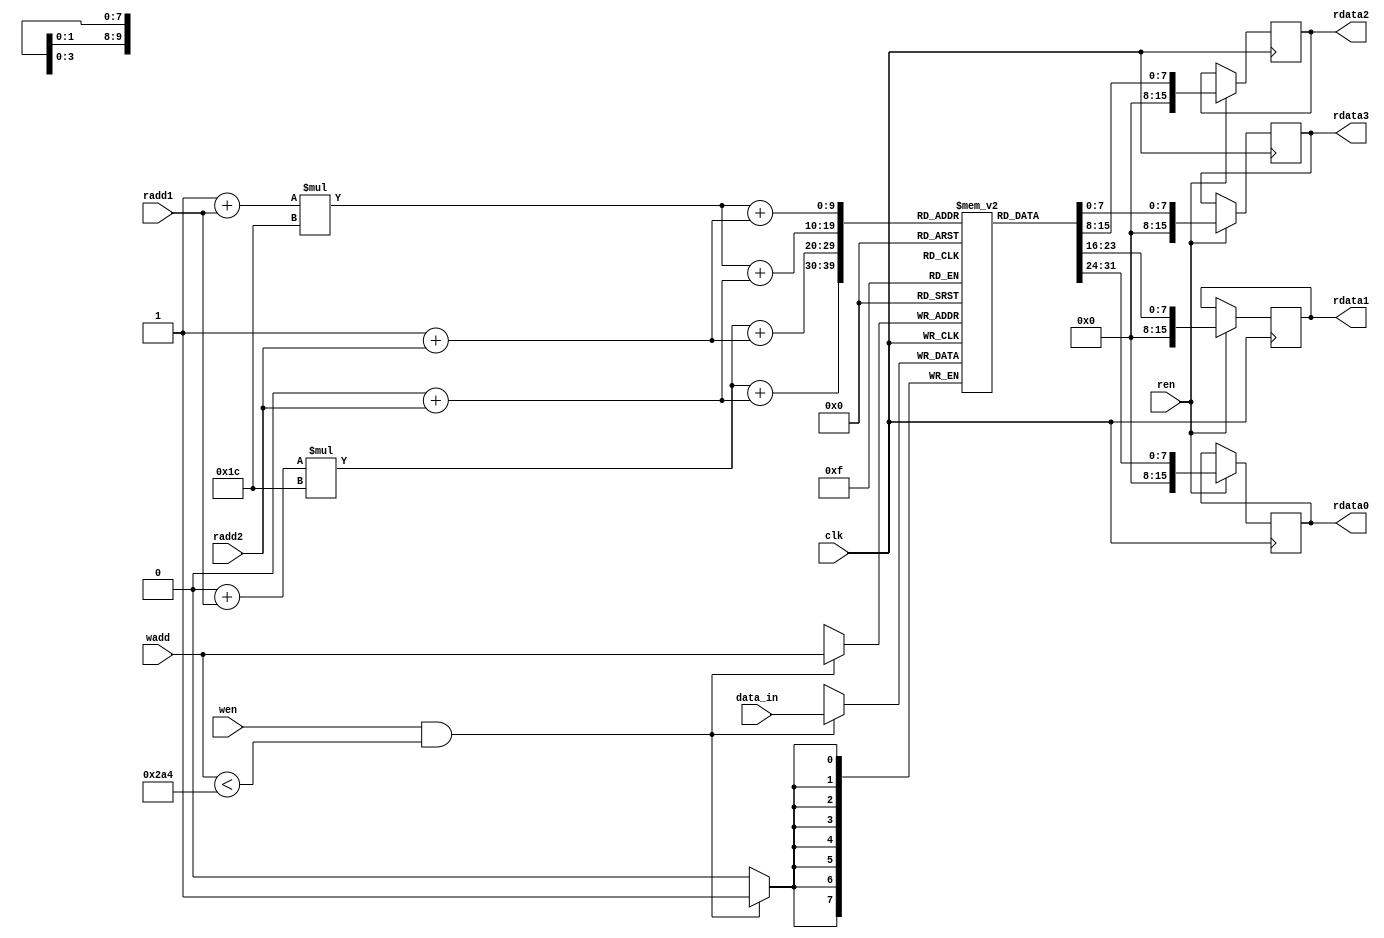
`timescale 1ns / 1ps
//////////////////////////////////////////////////////////////////////////////////
// Company: 
// Engineer: 
// 
// Design Name: 
// Module Name: memory_rstl_conv2
// Project Name: 
// Target Devices: 
// Tool Versions: 
// Description: 
// 
// Dependencies: 
// 
// Revision:
// Revision 0.01 - File Created
// Additional Comments:
// 
//////////////////////////////////////////////////////////////////////////////////
module memory_rstl_conv2
#(
//Convolution
parameter addressWidthConv=10, dataWidthConv=16,

parameter n_c = 5'd28,  //number of column matrix image 
parameter n_r = 5'd28,  //number of rows matrix image 
parameter col_fil = 5'd3, //number of columns of filter
parameter row_fil = 5'd3, //number of rows of filter
                       
parameter s0 = 4'b0000, s1 = 4'b0001, s2 = 4'b0010, s3 = 4'b0011, s4 = 4'b0100,
parameter s5 = 4'b0101, s6 = 4'b0110, s7 = 4'b0111, s8 = 4'b1000, s9 = 4'b1001,
parameter s10 = 4'b1010, s11 = 4'b1011, s12 = 4'b1100, s13 = 4'b1101, s14 = 4'b1110,
           

parameter pwd = "/home/javier/Documents/fpga_implementations_of_neural_networks/CNN/02_hardware/01_test_vivado/04_convolution/04_convolution.srcs/sources_1/new/rstl_conv2.txt",


//counter for memory of result of convolution
parameter counterWidth= 10,


//memory filter
parameter numWeightFilter = 10, addressWidthFilter=4, dataWidthFilter=16,
parameter weightFileFilter="/home/javier/Documents/fpga_implementations_of_neural_networks/CNN/02_hardware/01_test_vivado/project_7/project_7.srcs/sources_1/new/filter1.txt",
   
//memory image
parameter numWeightImg = 784, 
parameter addressWidthImg=10, dataWidthImg= 16,
parameter weightFileImg="/home/javier/Documents/fpga_implementations_of_neural_networks/CNN/02_hardware/01_test_vivado/project_7/project_7.srcs/sources_1/new/image.mem",
      
//quantization
parameter q = 64'd2014687024, //q = 31'b1111000000101011010111100110000
parameter mask = 8'd255,
parameter zero = 1'd0,
parameter one = 1'd1,
parameter offset_ent = 6,
parameter offset_sor = -1,
	
	
//memory_rstl_conv
parameter numWeightRstlConv = 676,
parameter addressWidthRstlConv=10, 
parameter dataWidthRstlConv=8

)


( 
    input clk,
    input wen,
    input ren,
    input [addressWidthRstlConv-1:0] wadd,
    input [addressWidthRstlConv-1:0] radd1,
    input [addressWidthRstlConv-1:0] radd2,
    input signed [dataWidthRstlConv-1:0] data_in,

    output reg [dataWidthImg-1:0] rdata0,
    output reg [dataWidthImg-1:0] rdata1,
    output reg [dataWidthImg-1:0] rdata2,
    output reg [dataWidthImg-1:0] rdata3 
);
    
    reg [dataWidthRstlConv-1:0] mem [numWeightRstlConv-1:0];

    wire [11-1:0] p_img_0;
    wire [11-1:0] p_img_1;
    wire [11-1:0] p_img_2;
    wire [11-1:0] p_img_3;
    
    assign p_img_0 = (0+radd1)*(n_c) + (0+radd2);
    assign p_img_1 = (0+radd1)*(n_c) + (1+radd2);
    assign p_img_2 = (1+radd1)*(n_c) + (0+radd2);
    assign p_img_3 = (1+radd1)*(n_c) + (1+radd2);     

    always @(posedge clk)
	begin
	   if (wen & (wadd < numWeightRstlConv))
	   begin
	       mem[wadd] <= data_in;
	       //$display("wadd2, %d",wadd,data_in); 

	   end
	end 

    
    always @(posedge clk)
    begin
        if (ren)
        begin
            rdata0 <= mem[p_img_0];
            rdata1 <= mem[p_img_1];
            rdata2 <= mem[p_img_2];
            rdata3 <= mem[p_img_3];
        end
    end 
endmodule